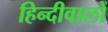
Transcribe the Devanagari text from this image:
हिन्दीवालों